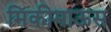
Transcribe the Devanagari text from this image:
मिकीमाऊस